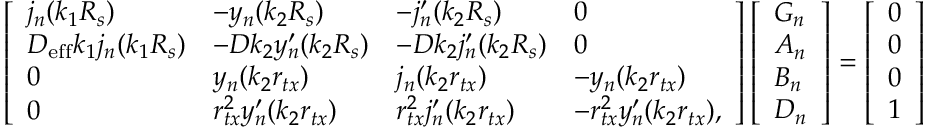
\left[ \begin{array} { l l l l } { j _ { n } ( k _ { 1 } R _ { s } ) } & { - y _ { n } ( k _ { 2 } R _ { s } ) } & { - j _ { n } ^ { \prime } ( k _ { 2 } R _ { s } ) } & { 0 } \\ { D _ { \mathrm { e f f } } k _ { 1 } j _ { n } ( k _ { 1 } R _ { s } ) } & { - D k _ { 2 } y _ { n } ^ { \prime } ( k _ { 2 } R _ { s } ) } & { - D k _ { 2 } j _ { n } ^ { \prime } ( k _ { 2 } R _ { s } ) } & { 0 } \\ { 0 } & { y _ { n } ( k _ { 2 } r _ { t x } ) } & { j _ { n } ( k _ { 2 } r _ { t x } ) } & { - y _ { n } ( k _ { 2 } r _ { t x } ) } \\ { 0 } & { r _ { t x } ^ { 2 } y _ { n } ^ { \prime } ( k _ { 2 } r _ { t x } ) } & { r _ { t x } ^ { 2 } j _ { n } ^ { \prime } ( k _ { 2 } r _ { t x } ) } & { - r _ { t x } ^ { 2 } y _ { n } ^ { \prime } ( k _ { 2 } r _ { t x } ) , } \end{array} \right] \left[ \begin{array} { l } { G _ { n } } \\ { A _ { n } } \\ { B _ { n } } \\ { D _ { n } } \end{array} \right] = \left[ \begin{array} { l } { 0 } \\ { 0 } \\ { 0 } \\ { 1 } \end{array} \right]